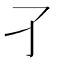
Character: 𡤼